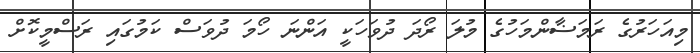
މިއަހަރުގެ ރަމަޟާންމަހުގެ މުލަ ރޯދަ ދުވަހަކީ އަންނަ ހޯމަ ދުވަސް ކަމުގައި ރަސްމީކޮށް